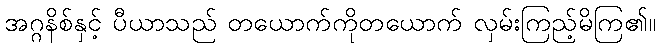
အဂ္ဂနိစ်နှင့် ပီယာသည် တယောက်ကိုတယောက် လှမ်းကြည့်မိကြ၏။